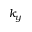
k _ { y }